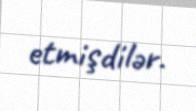
etmişdilər.